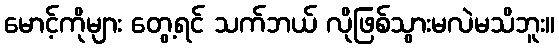
မောင့်ကိုများ တွေ့ရင် သက်ဘယ် လိုဖြစ်သွားမလဲမသိဘူး။